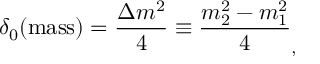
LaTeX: \delta _ { 0 } ( \mathrm { m a s s } ) = \frac { \Delta m ^ { 2 } } { 4 } \equiv \frac { m _ { 2 } ^ { 2 } - m _ { 1 } ^ { 2 } } { 4 } _ { , }